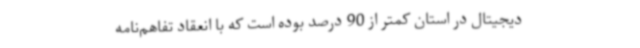
دیجیتال در استان کمتر از 90 درصد بوده است که با انعقاد تفاهم‌نامه